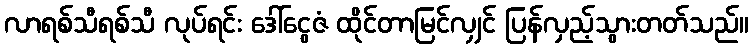
လာရစ်သီရစ်သီ လုပ်ရင်း ဒေါ်ငွေဇံ ထိုင်တာမြင်လျှင် ပြန်လှည့်သွားတတ်သည်။